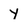
Character: Y